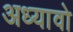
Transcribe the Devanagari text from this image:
अध्यावो